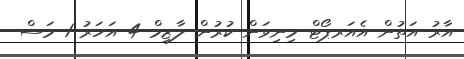
އާރު އަތުން އެއަރޕޯޓް މިނިވަން ކުރުން ލާޒިމް 4 އަހަރު 1 މަސް